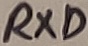
Text: RXD